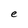
Character: e